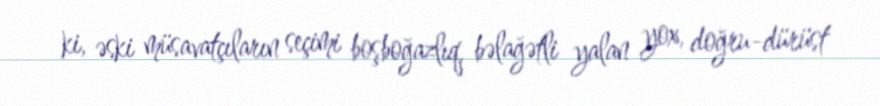
ki, əski müsavatçıların seçimi boşboğazlıq, bəlağətli yalan yox, doğru-dürüst